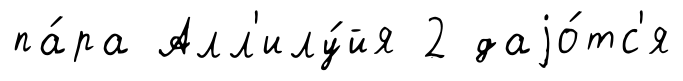
па́ра Алл'илу́йя 2 даjо́тс'я